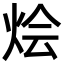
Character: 烩